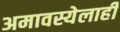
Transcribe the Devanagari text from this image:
अमावस्येलाही